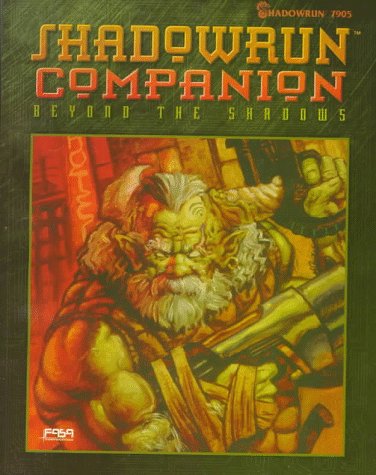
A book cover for Shadowrun Companion: Beyond the Shadows; Zach Bush; Science Fiction & Fantasy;